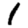
Digit: 1